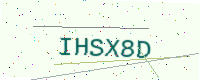
Text: IHSX8D